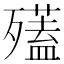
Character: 𣩱